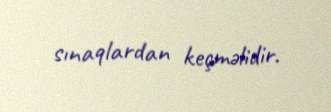
sınaqlardan keçməlidir.